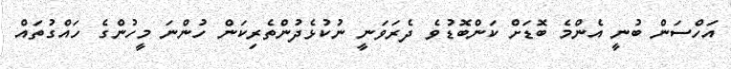
އަހްސަން ބުނީ އެންމެ ބޮޑަށް ކަންބޮޑުވެ ދެރަވަނީ ނުކުޅެދުންތެރިކަން ހުންނަ މީހުންގެ ހައްގުތައް